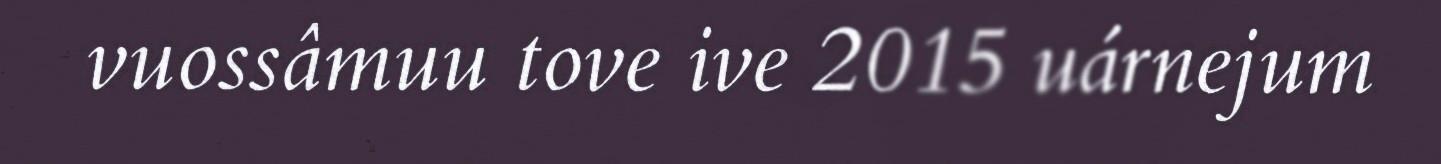
vuossâmuu tove ive 2015 uárnejum